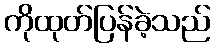
ကိုထုတ်ပြန်ခဲ့သည်